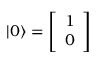
| 0 \rangle = { \left[ \begin{array} { l } { 1 } \\ { 0 } \end{array} \right] }